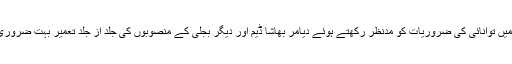
گلگت بلتستان میں توانائی کی ضروریات کو مدنظر رکھتے ہوئے دیامر بھاشا ڈیم اور دیگر بجلی کے منصوبوں کی جلد از جلد تعمیر بہت ضروری ہو چکی ہے۔